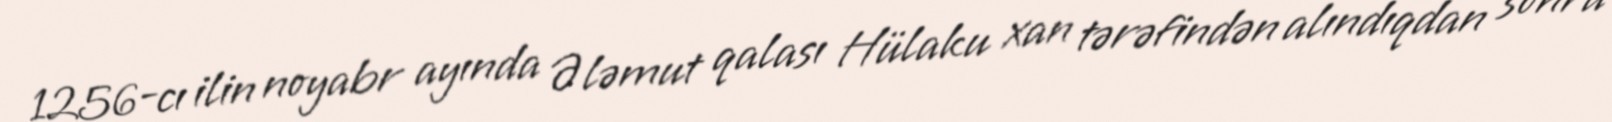
1256-cı ilin noyabr ayında Ələmut qalası Hülaku xan tərəfindən alındıqdan sonra